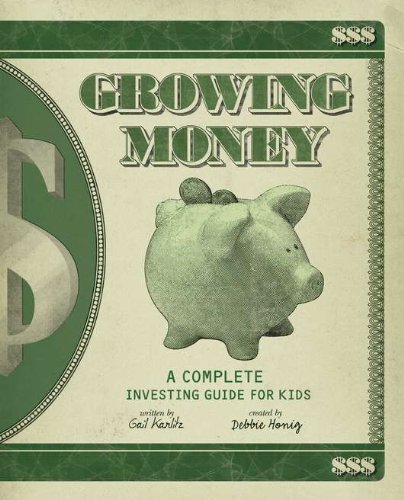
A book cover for Growing Money: A Complete Investing Guide for Kids; Gail Karlitz; Children's Books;